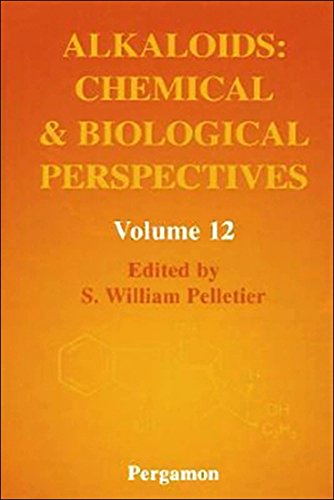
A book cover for Alkaloids: Chemical and Biological Perspectives, Volume 12, Volume 12; Science & Math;